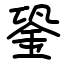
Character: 銎